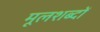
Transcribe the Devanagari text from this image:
मूलशब्दों